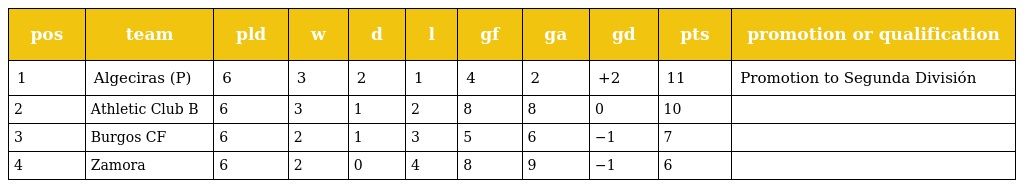
| pos | team | pld | w | d | l | gf | ga | gd | pts | promotion or qualification |
 | --- | --- | --- | --- | --- | --- | --- | --- | --- | --- | --- |
 | 1 | Algeciras (P) | 6 | 3 | 2 | 1 | 4 | 2 | +2 | 11 | Promotion to Segunda División |
 | 2 | Athletic Club B | 6 | 3 | 1 | 2 | 8 | 8 | 0 | 10 |  |
 | 3 | Burgos CF | 6 | 2 | 1 | 3 | 5 | 6 | −1 | 7 |  |
 | 4 | Zamora | 6 | 2 | 0 | 4 | 8 | 9 | −1 | 6 |  |